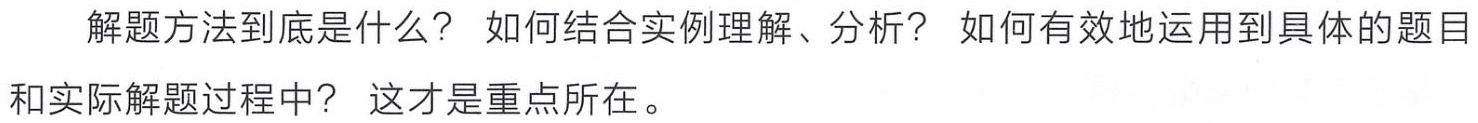
解题方法到底是什么？ 如何结合实例理解、分析？ 如何有效地运用到具体的题目和实际解题过程中？ 这才是重点所在。